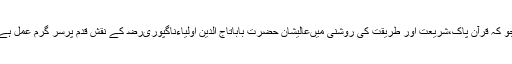
جو کہ قرآن پاک،شریعت اور طریقت کی روشنی میںعالیشان حضرت باباتاج الدین اولیاءناگپوریﺭﺿ کے نقش قدم پرسر گرم عمل ہے۔